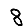
Digit: 8